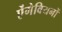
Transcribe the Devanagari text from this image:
ऐंगेवियनों